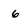
Character: 6